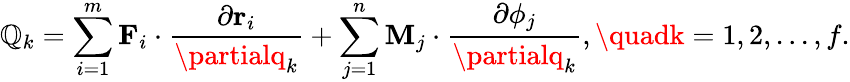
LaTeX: \mathbb{Q}_{k}=\sum_{i=1}^{m}\mathbf{{F}}_{i}\cdot{\frac{{\partial\mathbf{{r}}_{i}}}{{\partialq_{k}}}}+\sum_{j=1}^{n}\mathbf{{M}}_{j}\cdot{\frac{{\partial\mathbf{{\phi}}_{j}}}{{\partialq_{k}}}},\quadk=1,2,...,f.